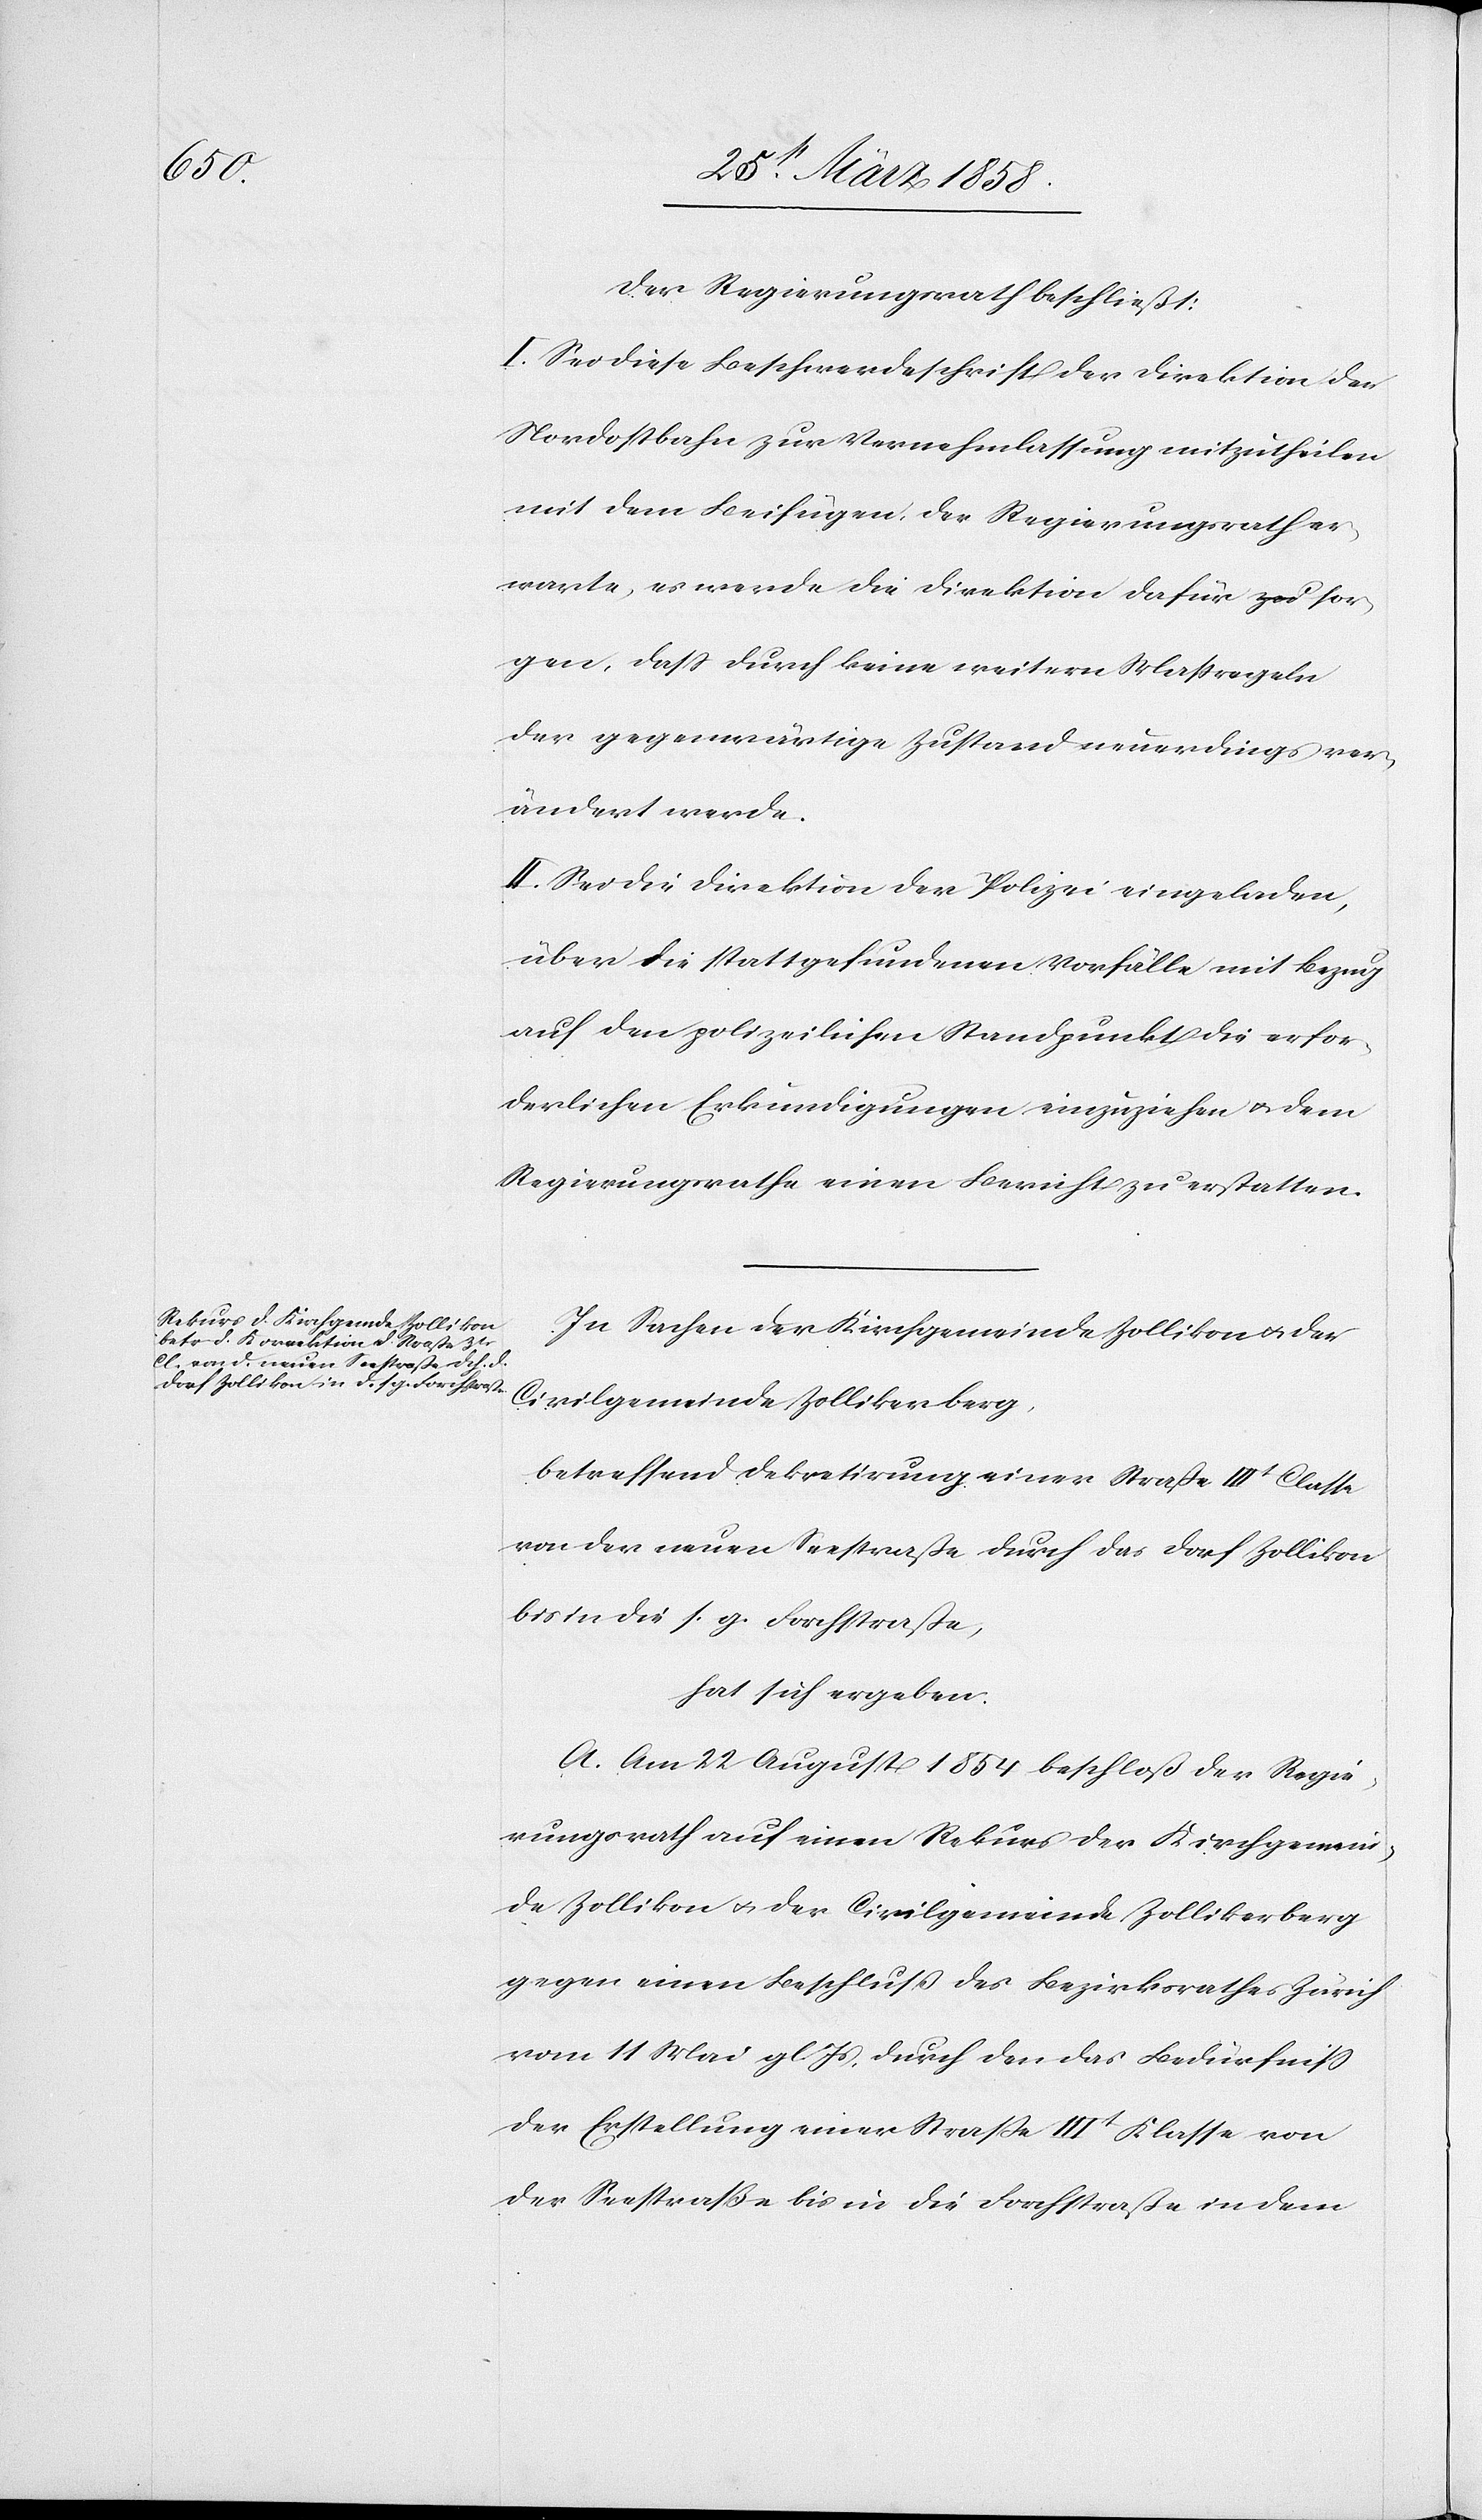
Der Regierungsrath beschließt:
I. Sei diese Beschwerdeschrift der Direktion der
Nordostbahn zur Vernehmlassung mitzutheilen
mit dem Beifügen, der Regierungsrath er¬
warte, es werde die Direktion dafür sor¬
gen, daß durch keine weitern Maßregeln
der gegenwärtige Zustand neuerdings ver¬
ändert werde.
II. Sei die Direktion der Polizei eingeladen,
über die stattgefundenen Vorfälle mit Bezug
auf den polizeilichen Standpunkt die erfor¬
derlichen Erkundigungen einzuziehen u. dem
Regierungsrathe einen Bericht zu erstatten.
In Sachen der Kirchgemeinde Zollikon u. der
Civilgemeinde Zollikerberg,
betreffend Dekretirung einer Straße IIIt Classe
von der neuen Seestraße durch das Dorf Zollikon
bis in die s. g. Forchstraße,
hat sich ergeben:
A. Am 22. August 1854 beschloß der Regie¬
rungsrath auf einen Rekurs der Kirchgemein¬
de Zollikon u. der Civilgemeinde Zollikerberg
gegen einen Beschluß des Bezirksrathes Zürich
vom 11. Mai gl. Js. durch den das Bedürfniß
der Erstellung einer Straße IIIt Klasse von
der Seestraße bis in die Forchstraße in dem